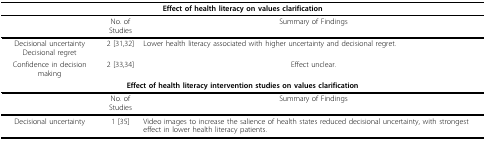
| <COLSPAN=3> Effect of health literacy on values clarification |
 | --- | --- | --- |
 |  | No. of Studies | Summary of Findings |
 | Decisional uncertainty Decisional regret | 2 [31,32] | Lower health literacy associated with higher uncertainty and decisional regret. |
 | Confidence in decision making | 2 [33,34] | Effect unclear. |
 | <COLSPAN=3> Effect of health literacy intervention studies on values clarification |
 |  | No. of Studies | Summary of Findings |
 | Decisional uncertainty | 1 [35] | Video images to increase the salience of health states reduced decisional uncertainty, with strongest effect in lower health literacy patients. |